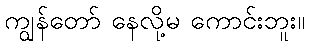
ကျွန်တော် နေလို့မ ကောင်းဘူး။